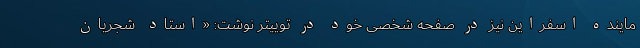
ماینده اسفراین نیز در صفحه شخصی خود در توییتر نوشت: «استاد  شجریان